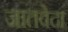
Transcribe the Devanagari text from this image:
जातवेदा